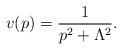
\begin{align*} v(p) = {1\over p^2 + \Lambda^2}.\end{align*}